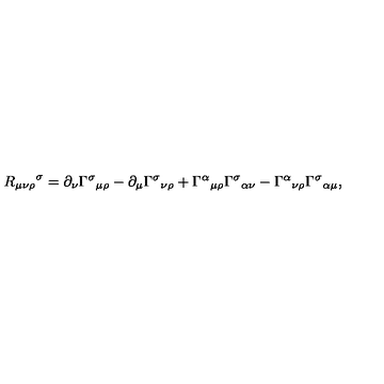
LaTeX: { R _ { \mu \nu \rho } } ^ { \sigma } = \partial _ { \nu } { \Gamma ^ { \sigma } } _ { \mu \rho } - \partial _ { \mu } { \Gamma ^ { \sigma } } _ { \nu \rho } + { \Gamma ^ { \alpha } } _ { \mu \rho } { \Gamma ^ { \sigma } } _ { \alpha \nu } - { \Gamma ^ { \alpha } } _ { \nu \rho } { \Gamma ^ { \sigma } } _ { \alpha \mu } ,